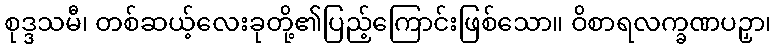
စုဒ္ဒသမီ၊ တစ်ဆယ့်လေးခုတို့၏ပြည့်ကြောင်းဖြစ်သော။ ဝိစာရလက္ခဏပဉှာ၊